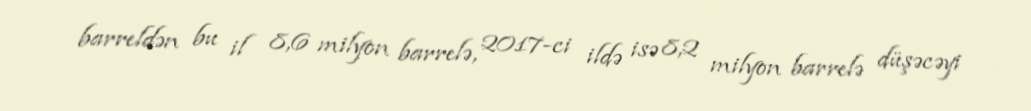
barreldən bu il 8,6 milyon barrelə, 2017-ci ildə isə 8,2 milyon barrelə düşəcəyi